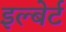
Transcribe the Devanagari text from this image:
इल्बेर्ट